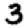
Digit: 3